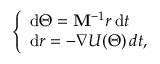
\left\{ \begin{array} { l } { \mathrm { d } \Theta = \mathbf { M } ^ { - 1 } r \, \mathrm { d } t } \\ { \mathrm { d } r = - \nabla U ( \Theta ) \mathrm \, { d } t , } \end{array} \right.